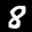
Label: 8